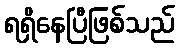
ရရှိနေပြီဖြစ်သည်